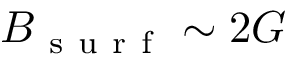
B _ { \mathrm { ~ s ~ u ~ r ~ f ~ } } \sim 2 G